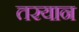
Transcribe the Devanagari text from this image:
तरयान